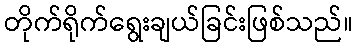
တိုက်ရိုက်ရွေးချယ်ခြင်းဖြစ်သည်။